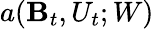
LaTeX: a(\mathbf{B}_{t},U_{t};W)